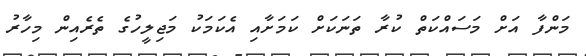
މަންފާ އަށް މަސައްކަތް ކުރާ ތަނަކަށް ކަމަށާއި އެކަމަކު މަޖިލީހުގެ ތެރެއިން މިހާރު